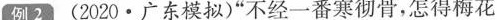
2(2020·广东模拟)”不经一番寒彻骨，怎得梅花